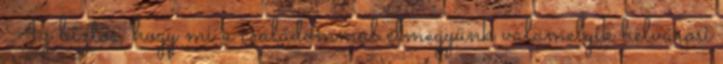
Az biztos, hogy mi a családommal elmegyünk valamelyik belvárosi